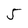
Character: 5